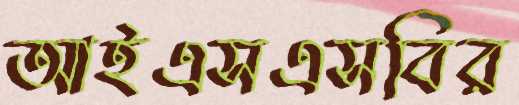
আইএসএসবির